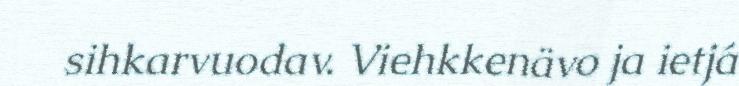
sihkarvuodav. Viehkkenävo ja ietjá